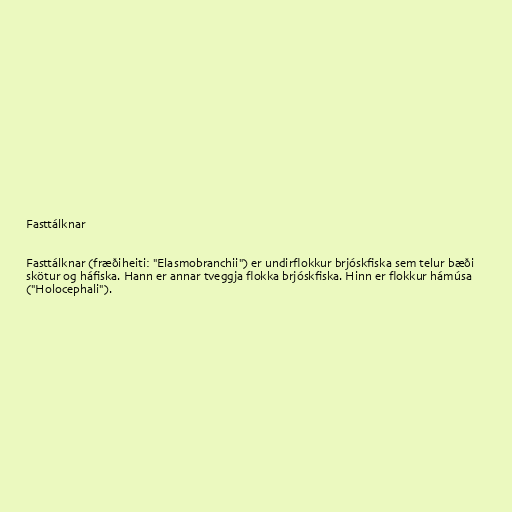
Fasttálknar

Fasttálknar (fræðiheiti: "Elasmobranchii") er undirflokkur brjóskfiska sem telur bæði
skötur og háfiska. Hann er annar tveggja flokka brjóskfiska. Hinn er flokkur hámúsa
("Holocephali").